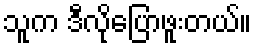
သူက ဒီလိုပြောဖူးတယ်။